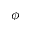
\phi